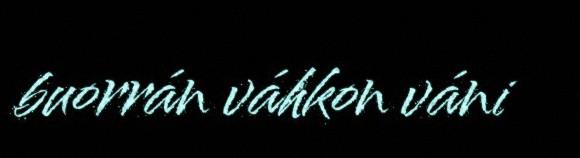
buorrán váhkon váni